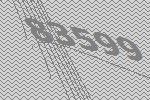
83599